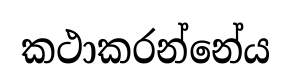
කථාකරන්නේය